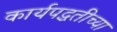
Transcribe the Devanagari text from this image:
कार्यपद्धतीच्या